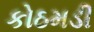
કોઠમડી